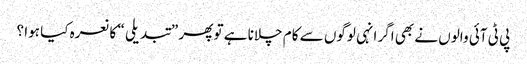
پی ٹی آئی والوں نے بھی اگر انہی لوگوں سے کام چلانا ہے تو پھر ”تبدیلی “ کا نعرہ کیا ہوا ؟